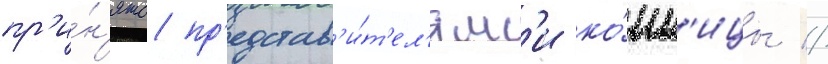
пр'и́н'ято пр'едстав'и́т'ел'ям'и ко́нн'ицы //